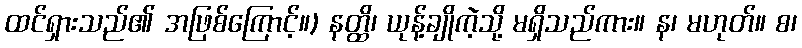
ထင်ရှားသည်၏ အဖြစ်ကြောင့်။) နတ္ထိ၊ ယုန့်ချိုကဲ့သို့ မရှိသည်ကား။ န၊ မဟုတ်။ စ၊